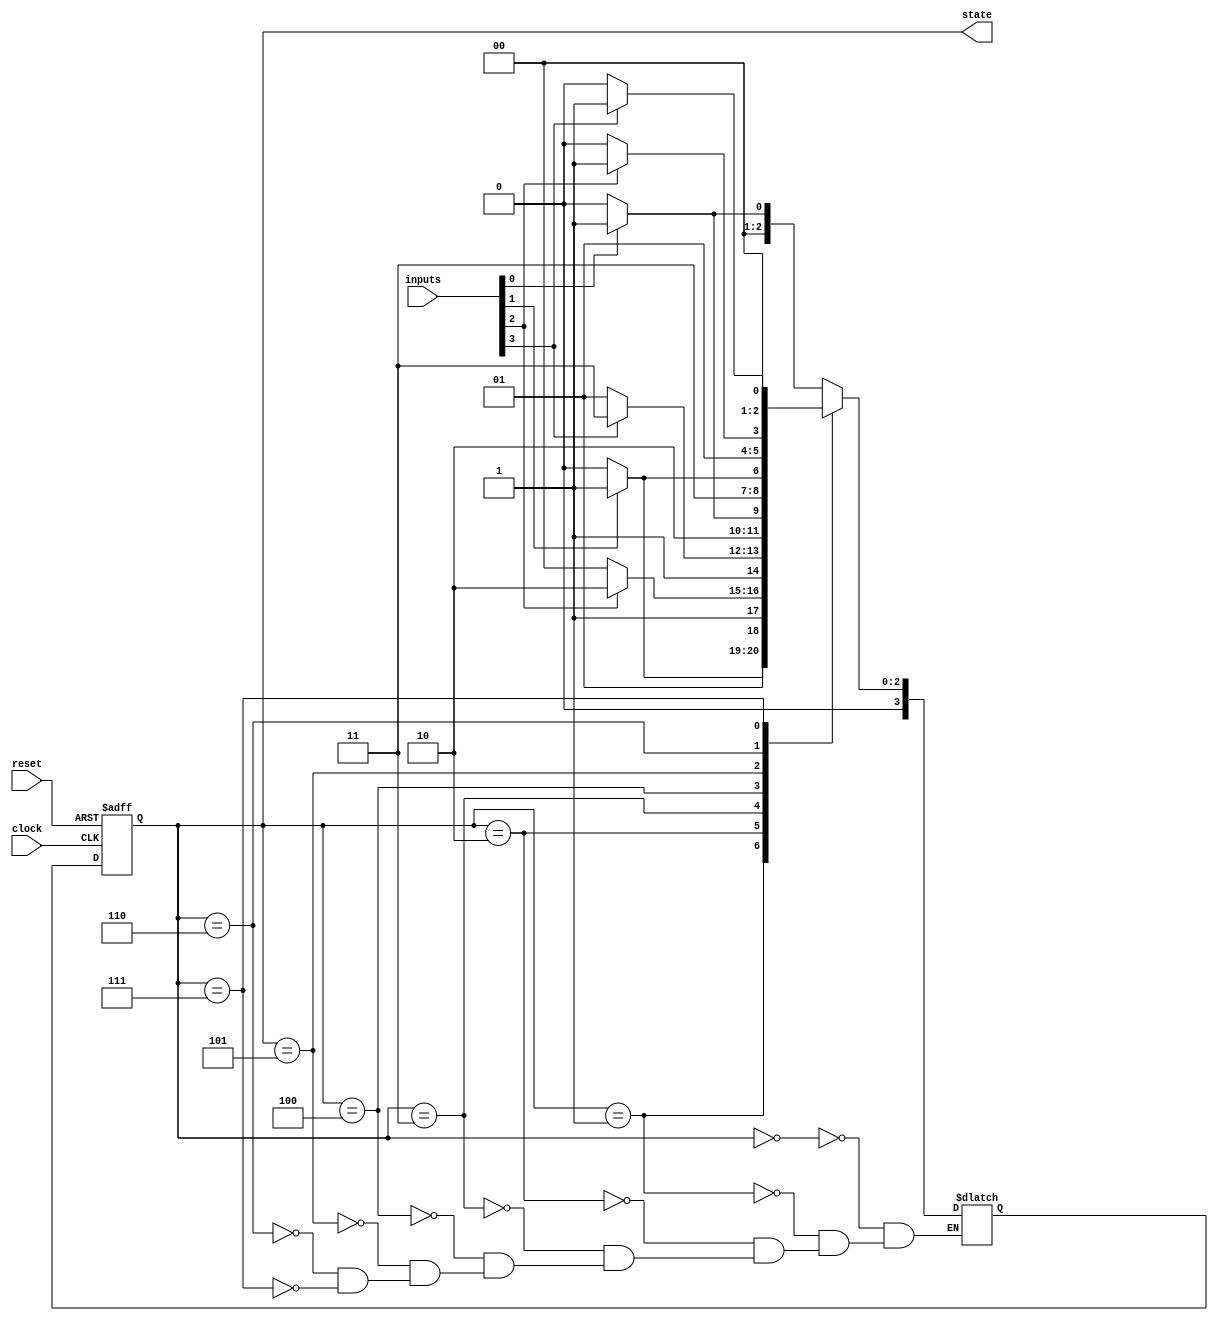
module gray_coded_state_machine (
    input wire clock,
    input wire reset,
    input wire [N-1:0] inputs,
    output reg [M-1:0] state
);

parameter N = 4; // Number of input bits
parameter M = 4; // Number of state bits

reg [M-1:0] next_state;

always @ (posedge clock or posedge reset) begin
    if (reset) begin
        state <= 0;
    end else begin
        state <= next_state;
    end
end

always @ (*) begin
    case (state)
        4'h0: next_state = inputs[0] ? 4'h1 : 4'h0;
        4'h1: next_state = inputs[1] ? 4'h3 : 4'h2;
        4'h2: next_state = inputs[2] ? 4'h6 : 4'h4;
        4'h3: next_state = inputs[3] ? 4'h7 : 4'h5;
        4'h4: next_state = inputs[0] ? 4'h5 : 4'h4;
        4'h5: next_state = inputs[1] ? 4'h7 : 4'h6;
        4'h6: next_state = inputs[2] ? 4'h3 : 4'h2;
        4'h7: next_state = inputs[3] ? 4'h1 : 4'h0;
    endcase
end

endmodule